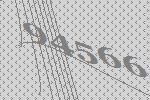
94566